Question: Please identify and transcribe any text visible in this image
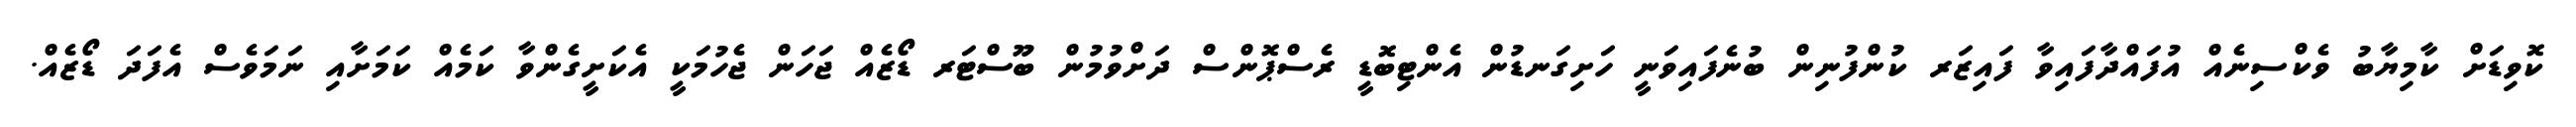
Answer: ކޮވިޑަށް ކާމިޔާބު ވެކްސިނެއް އުފައްދާފައިވާ ފައިޒަރ ކުންފުނިން ބުނެފައިވަނީ ހަށިގަނޑުން އެންޓިބޮޑީ ރެސްޕޮންސް ދަށްވުމުން ބޫސްޓަރ ޑޯޒެއް ޖަހަން ޖެހުމަކީ އެކަށީގެންވާ ކަމެއް ކަމަށާއި ނަމަވެސް އެފަދަ ޑޯޒެއް.